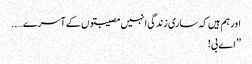
اور ہم ہیں کہ ساری زندگی انہیں مصیبتوں کے آسرے…..
’’اے بی!